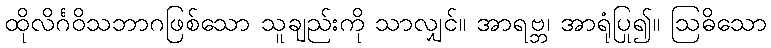
ထိုလိင်္ဂဝိသဘာဂဖြစ်သော သူချည်းကို သာလျှင်။ အာရဗ္ဘ၊ အာရုံပြု၍။ ဩဓိသော